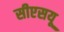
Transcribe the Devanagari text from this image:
सीएसयू